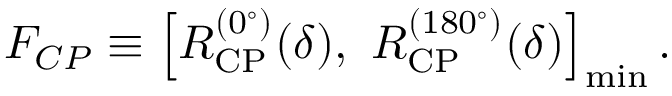
F _ { C P } \equiv \left[ R _ { \mathrm { C P } } ^ { ( 0 ^ { \circ } ) } ( \delta ) , ~ R _ { \mathrm { C P } } ^ { ( 1 8 0 ^ { \circ } ) } ( \delta ) \right] _ { \mathrm { m i n } } .